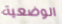
الوضعية